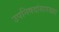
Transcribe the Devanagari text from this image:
उपनिषदांसारख्या